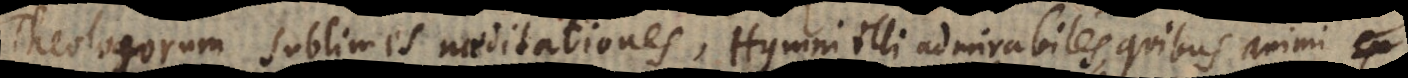
heologorum sublimes meditationes, Hymni illi admirabiles, quibus animi p